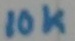
Text: 10K